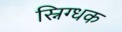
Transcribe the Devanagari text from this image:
स्निग्धक